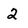
Character: 2